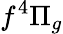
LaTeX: f^{4}\Pi_{g}